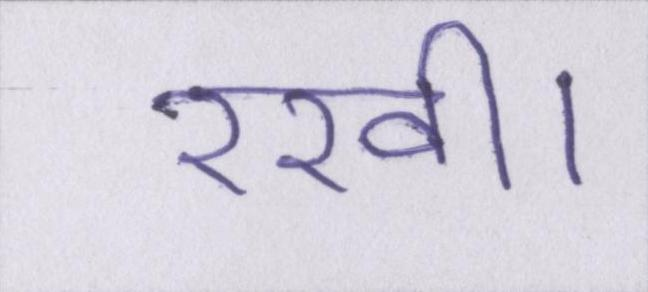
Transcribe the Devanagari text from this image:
रखी।